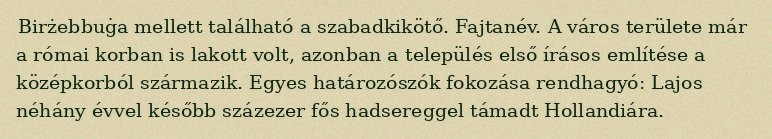
Birżebbuġa mellett található a szabadkikötő. Fajtanév. A város területe már a római korban is lakott volt, azonban a település első írásos említése a középkorból származik. Egyes határozószók fokozása rendhagyó: Lajos néhány évvel később százezer fős hadsereggel támadt Hollandiára.